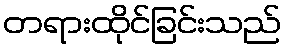
တရားထိုင်ခြင်းသည်